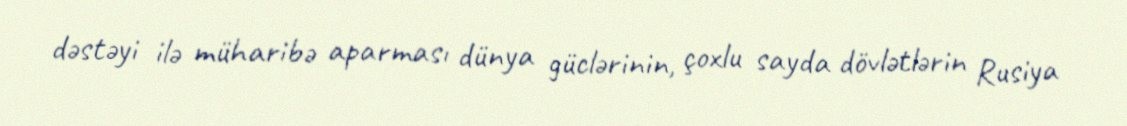
dəstəyi ilə müharibə aparması dünya güclərinin, çoxlu sayda dövlətlərin Rusiya